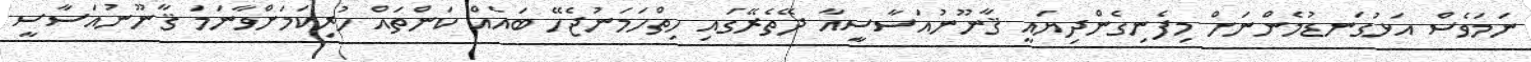
ނަމަވެސް އަޅުގަނޑުމެންނަށް މިފެނިގެންދިޔައީ ޤާނޫނުއަސާސީއާ ދޭތެރޭގައި ހިތްހަމަނުޖެހޭ ބައެއް ކަންތައް ހުރިކަމަށްވާނަމަ ޤާނޫނުއަސާސީ